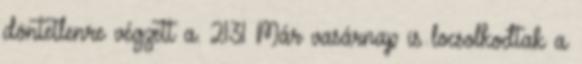
döntetlenre végzett a. 21:31 Már vasárnap is locsolkodtak a